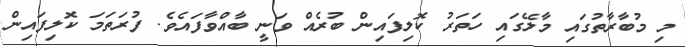
މި މުބާރާތުގައި މާލޭގައި ހަތަރު ކޮލިފައިން ބުރެއް ވަނީ ބާއްވާފައެވެ. ފުރަތަމަ ކޮލިފައިން